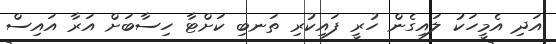
އަދި އެމީހަކު ލައިގެން ހުރީ ފައިކުރި ތަނބި ކަށްޓާ ހިސާބަށް އަރާ އައިސް